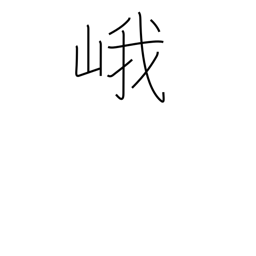
Meaning: high mountain